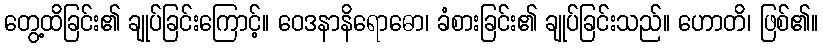
တွေ့ထိခြင်း၏ ချုပ်ခြင်းကြောင့်။ ဝေဒနာနိရောဓော၊ ခံစားခြင်း၏ ချုပ်ခြင်းသည်။ ဟောတိ၊ ဖြစ်၏။